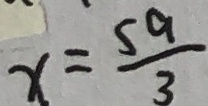
x = \frac { 5 a } { 3 }